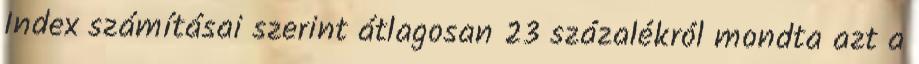
Index számításai szerint átlagosan 23 százalékról mondta azt a